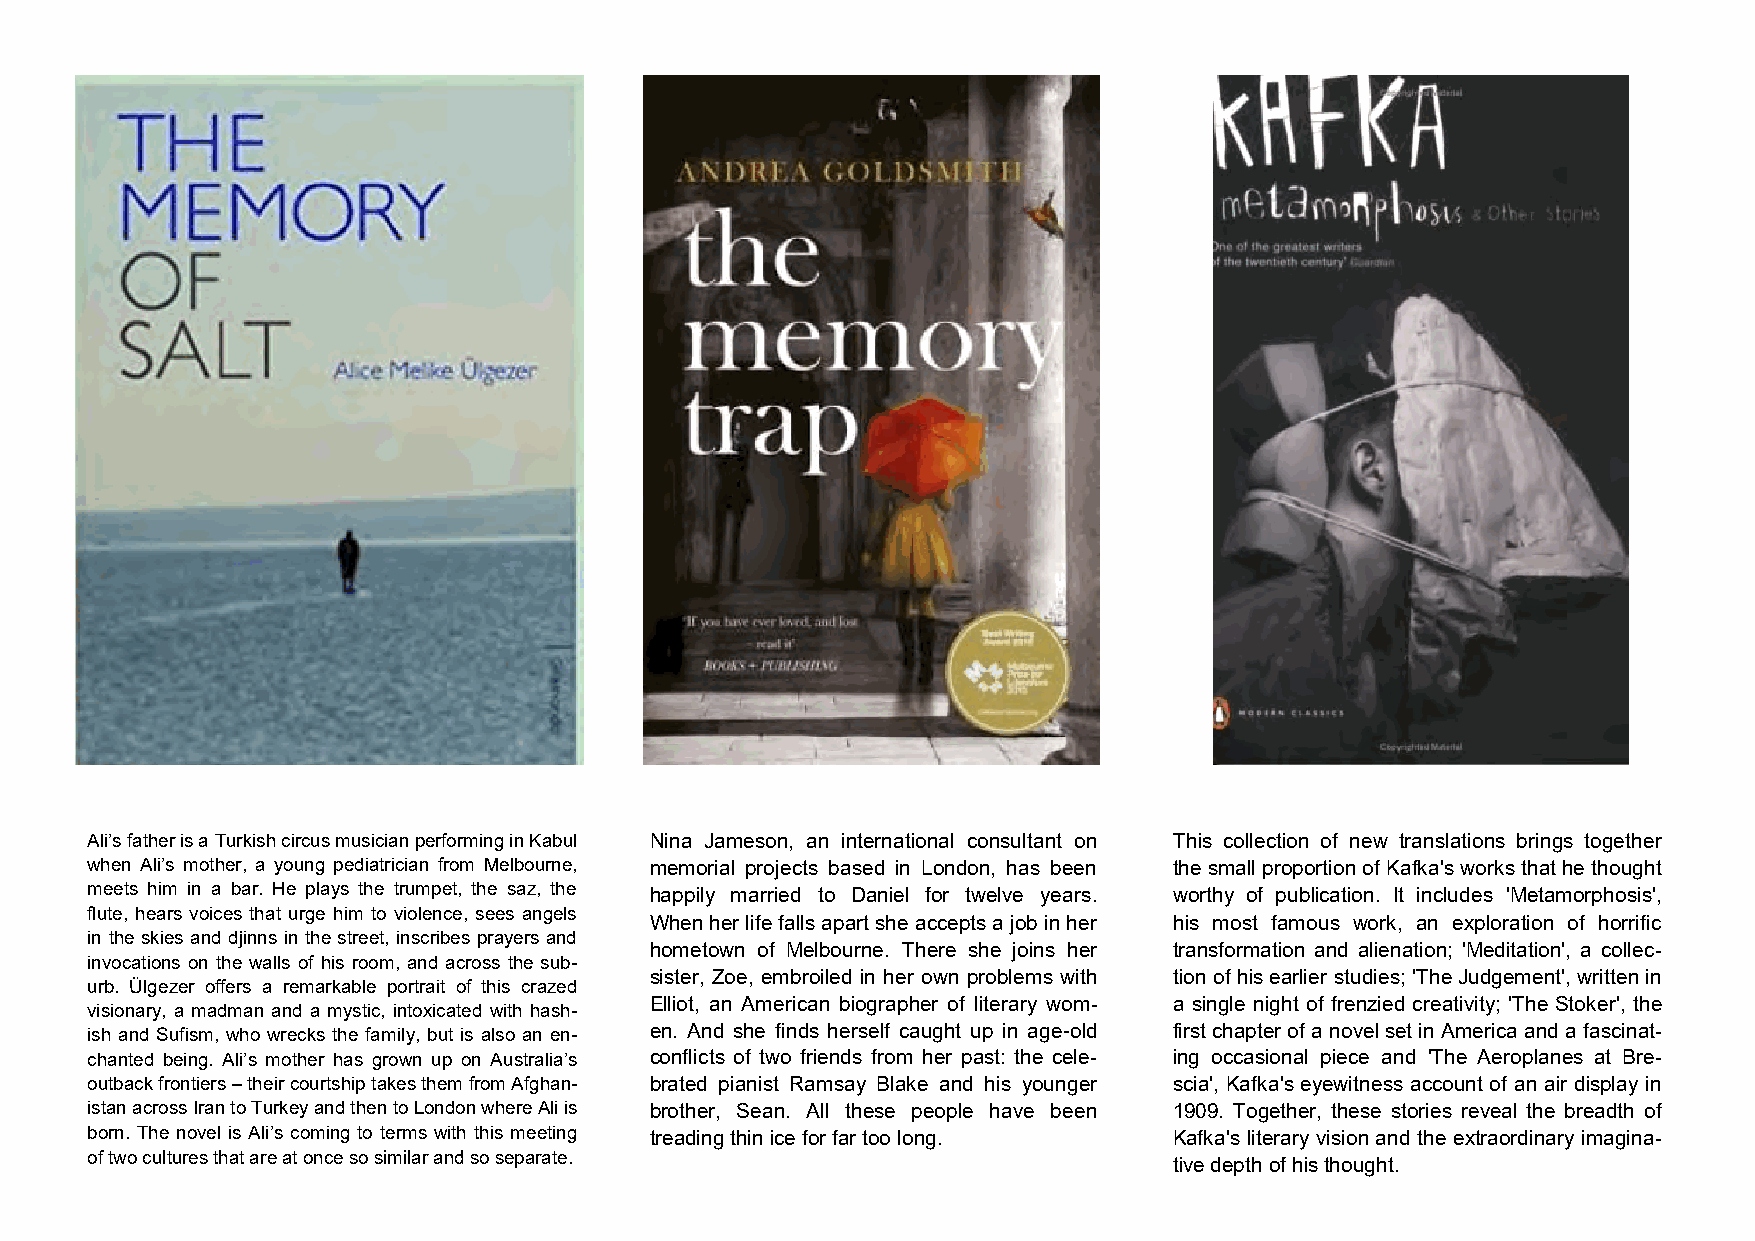
Ali’s father is a Turkish circus musician performing in Kabul Nina Jameson, an international consultant on This collection of new translations brings together
 when Ali’s mother, a young pediatrician from Melbourne, memorial projects based in London, has been the small proportion of Kafka's works that he thought
 meets him in a bar. He plays the trumpet, the saz, the happily married to Daniel for twelve years. worthy of publication. It includes 'Metamorphosis',
 flute, hears voices that urge him to violence, sees angels
 When her life falls apart she accepts a job in her his most famous work, an exploration of horrific
 in the skies and djinns in the street, inscribes prayers and
 hometown of Melbourne. There she joins her transformation and alienation; 'Meditation', a collec-
 invocations on the walls of his room, and across the sub-
 sister, Zoe, embroiled in her own problems with tion of his earlier studies; 'The Judgement', written in
 urb. Ülgezer offers a remarkable portrait of this crazed
 Elliot, an American biographer of literary wom- a single night of frenzied creativity; 'The Stoker', the
 visionary, a madman and a mystic, intoxicated with hash-
 ish and Sufism, who wrecks the family, but is also an en- en. And she finds herself caught up in age-old first chapter of a novel set in America and a fascinat-
 chanted being. Ali’s mother has grown up on Australia’s conflicts of two friends from her past: the cele- ing occasional piece and 'The Aeroplanes at Bre-
 outback frontiers – their courtship takes them from Afghan- brated pianist Ramsay Blake and his younger scia', Kafka's eyewitness account of an air display in
 istan across Iran to Turkey and then to London where Ali is brother, Sean. All these people have been 1909. Together, these stories reveal the breadth of
 born. The novel is Ali’s coming to terms with this meeting treading thin ice for far too long. Kafka's literary vision and the extraordinary imagina-
 of two cultures that are at once so similar and so separate.
 tive depth of his thought.